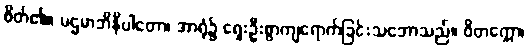
စိတ်၏။ ပဌမာဘိနိပါတော၊ အာရုံ၌ ရှေးဦးစွာကျရောက်ခြင်းသဘောသည်။ ဝိတက္ကော၊